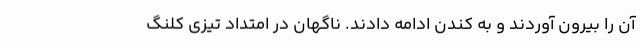
آن را بیرون آوردند و به کندن ادامه دادند. ناگهان در امتداد تیزی کلنگ